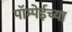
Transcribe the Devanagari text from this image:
पॉम्पेईच्या